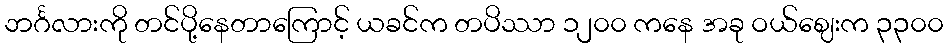
ဘင်္ဂလားကို တင်ပို့နေတာကြောင့် ယခင်က တပိဿာ ၁၂၀၀ ကနေ အခု ဝယ်ဈေးက ၃၃၀၀